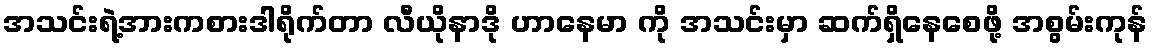
အသင်းရဲ့အားကစားဒါရိုက်တာ လီယိုနာဒို ဟာနေမာ ကို အသင်းမှာ ဆက်ရှိနေစေဖို့ အစွမ်းကုန်